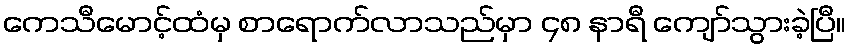
ကေသီမောင့်ထံမှ စာရောက်လာသည်မှာ ၄၈ နာရီ ကျော်သွားခဲ့ပြီ။